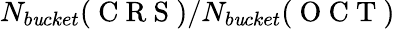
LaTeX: N_{b\mathit{u}cket}(\mathrm{{~C~R~S~}})/N_{b\mathit{u}cket}(\mathrm{{~O~C~T~}})